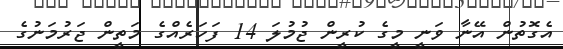
އެގޮތުން އޭނާ ވަނީ މީގެ ކުރީން ޖުމުލަ 14 ފަހަރެއްގެ މަތީން ޖަރުމަނުގެ